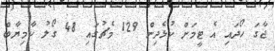
ޖާގަ ހޯދައި އެ ޓީމަށް ކުޅެދިން 129 މެޗުގައި 48 ގޯލު ކާމިޔާބް